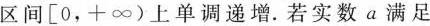
区间[0，+∞)上单调递增.若实数a满足